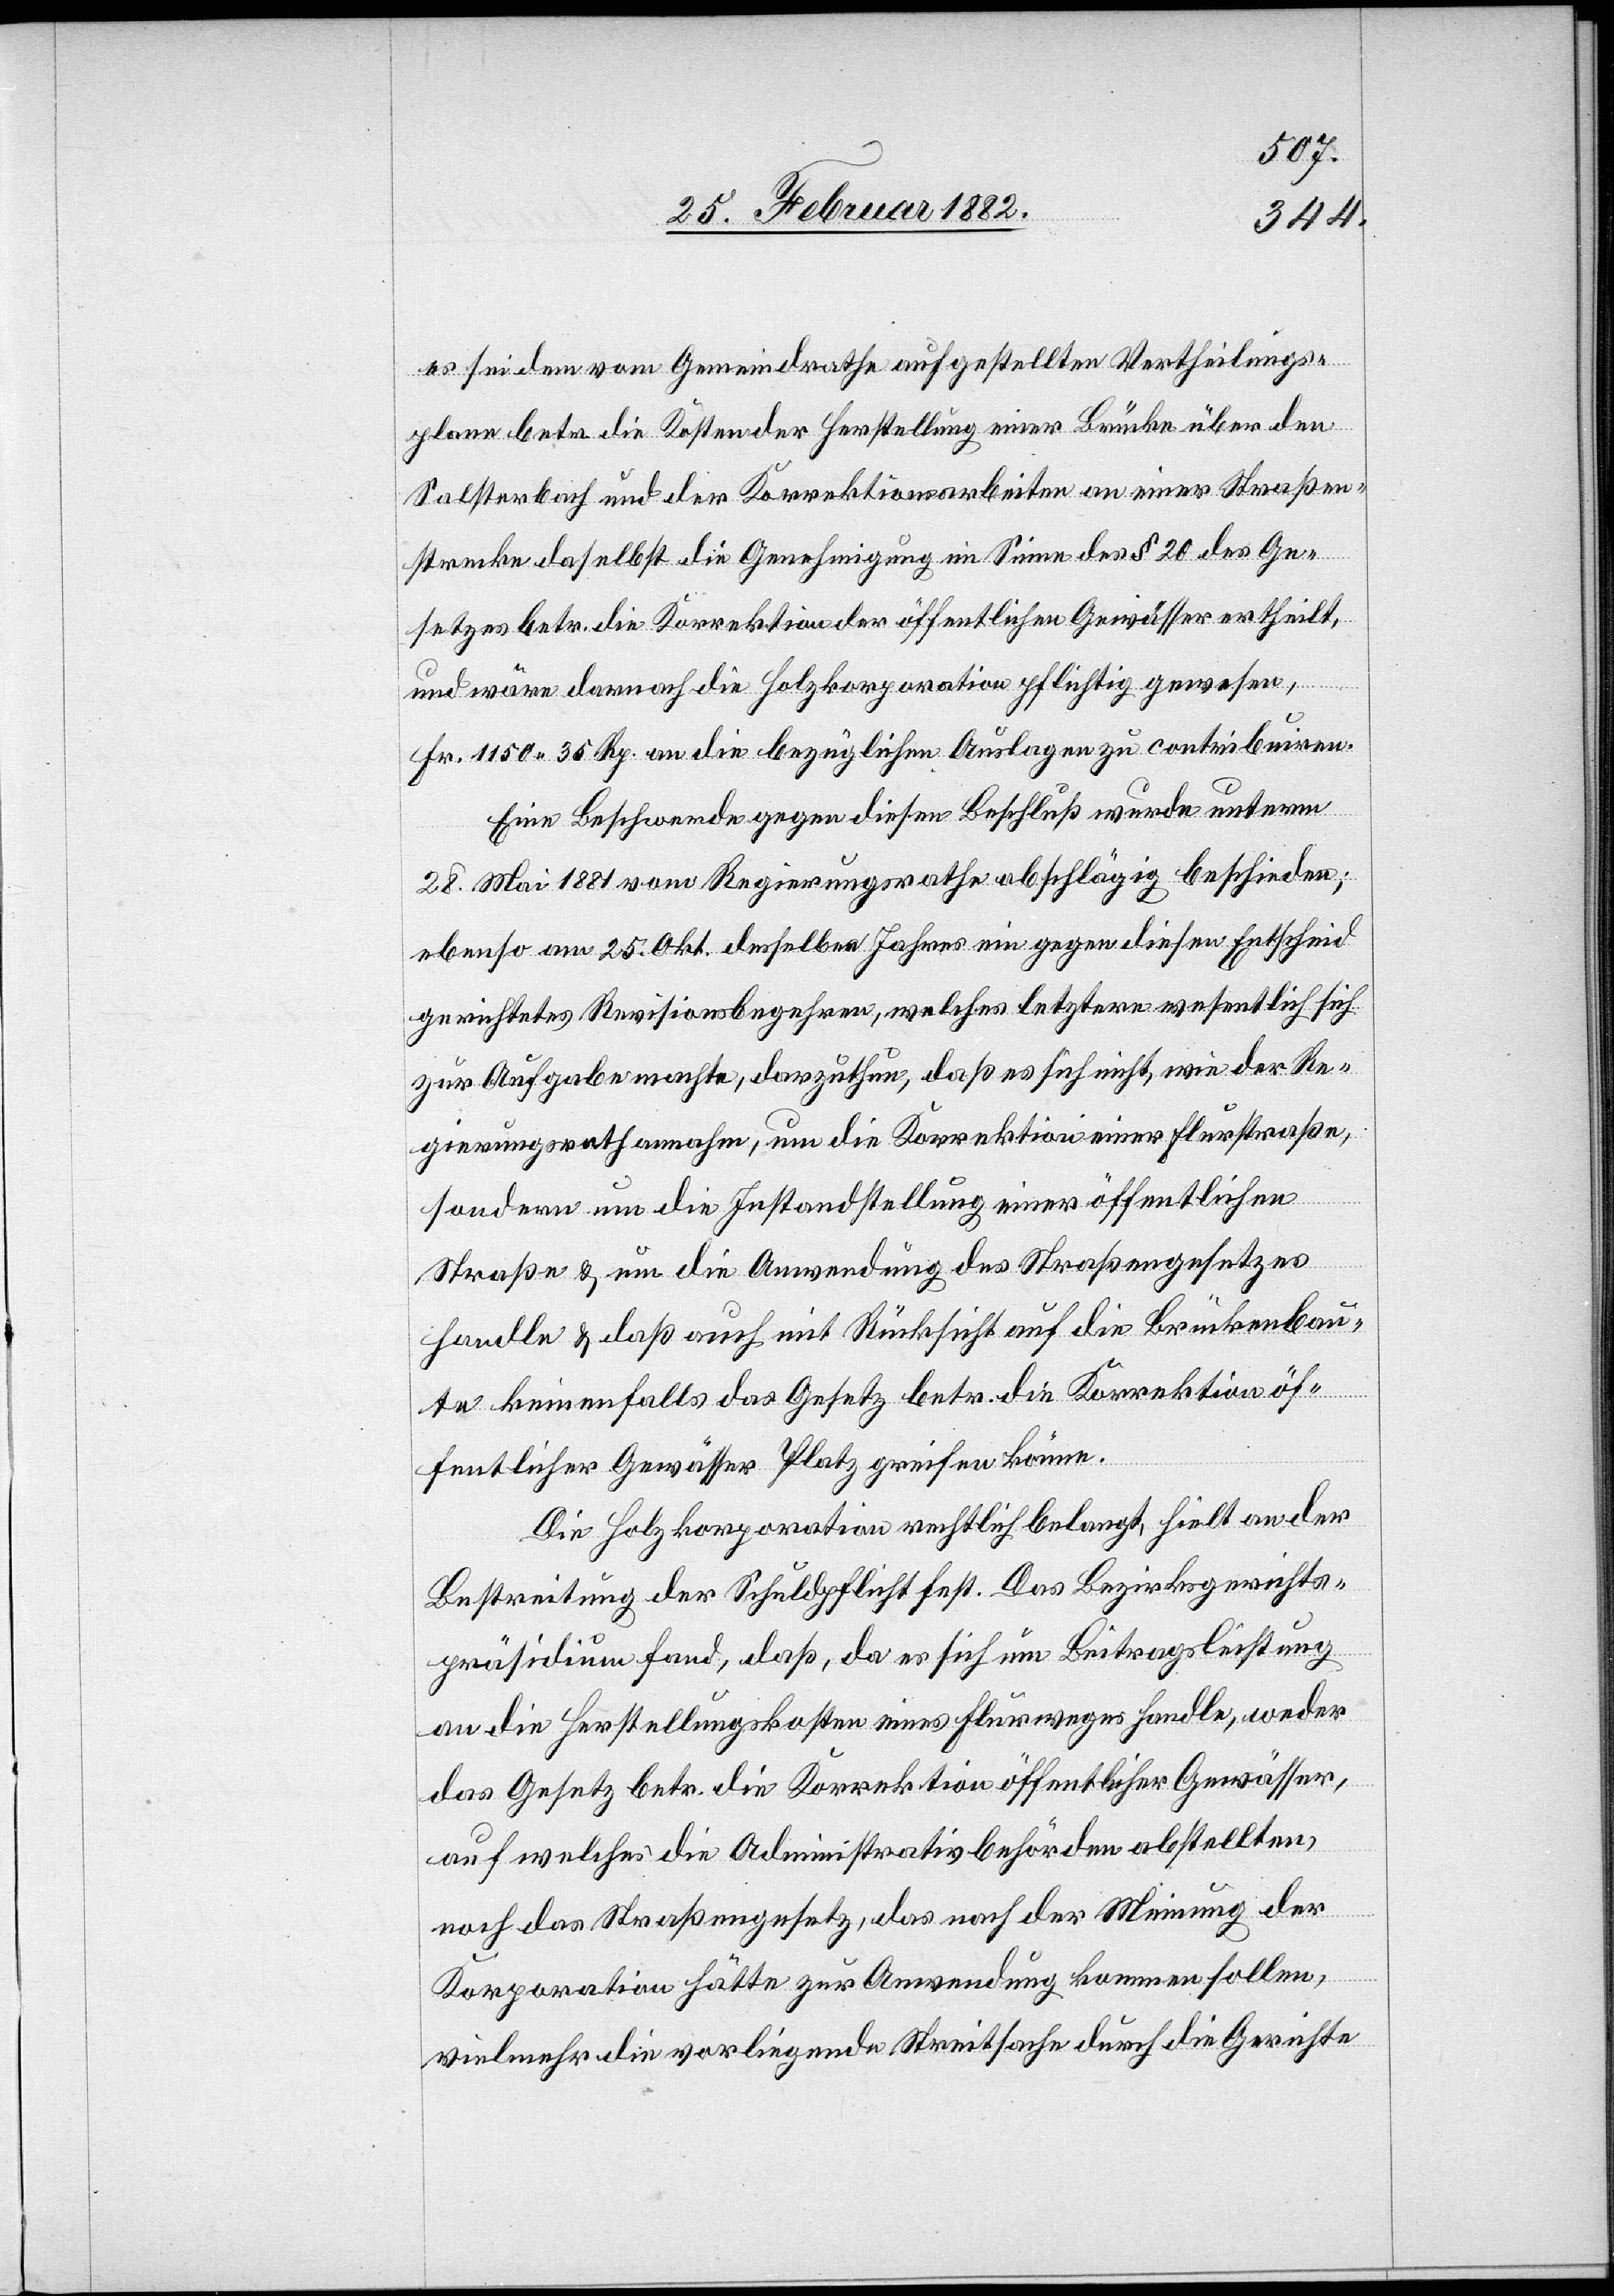
es sei den vom Gemeindrath aufgestellten Vertheilungs¬
plan betr. die Kosten der Herstellung einer Brücke über den
Salsterbach und der Korrektionsarbeiten an einer Straßen¬
strecke daselbst die Genehmigung im Sinne des § 20 des Ge¬
setzes betr. die Korrektion der öffentlichen Gewässer ertheilt,
und wäre demnach die Holzkorporation pflichtig gewesen,
Fr. 1150 35 Rp. an die bezüglichen Auslagen zu contribuiren.
Eine Beschwerde gegen diesen Beschluß wurde unterm
28. Mai 1881 vom Regierungsrathe abschlägig beschieden;
ebenso am 25. Okt. desselben Jahres ein gegen diesen Entscheid
gerichtetes Revisionsbegehren, welches letztere wesentlich
zur Aufgabe machte, darzuthun, daß es sich nicht, wie der Re¬
gierungsrath annahm, um die Korrektion einer Flurstraße,
sondern um die Instandstellung einer öffentlichen
Straße & um die Anwendung des Straßengesetzes
handle & daß auch mit Rücksicht auf die Brückenbau¬
te keinesfalls das Gesetz betr. die Korrektion öf¬
fentlicher Gewässer Platz greifen könne.
Die Holzkorporation rechtlich belangt, hielt an der
Bestreitung der Schuldpflicht fest. Das Bezirksgerichts¬
präsidium fand, daß, da es sich um Beitragsleistung
an die Herstellungskosten eines Flurweges handle, weder
das Gesetz betr. die Korrektion öffentlicher Gewässer,
auf welches die Administrativbehörden abstellten,
noch das Straßengesetz, das nach der Meinung der
Korporation hätte zur Anwendung kommen sollen,
vielmehr die vorliegenden Streitfragen durch die Gerichte